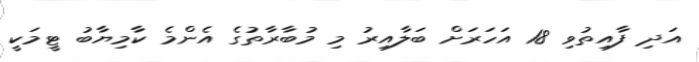
އަދި ފާއިތުވި 18 އަހަރަށް ބަލާއިރު މި މުބާރާތުގެ އެންމެ ކާމިޔާބު ޓީމަކީ